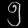
Digit: ၅